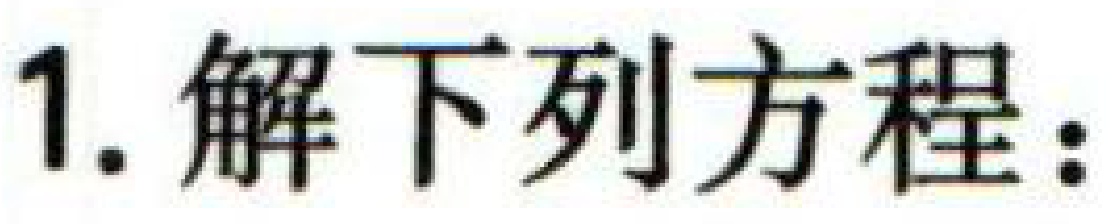
1. 解下列方程：